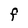
Character: F